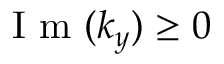
\mathrm { ~ I ~ m ~ } ( k _ { y } ) \ge 0